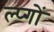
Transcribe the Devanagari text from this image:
ल्प्गों